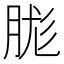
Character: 䏵